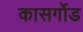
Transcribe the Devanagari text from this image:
कासर्गोड